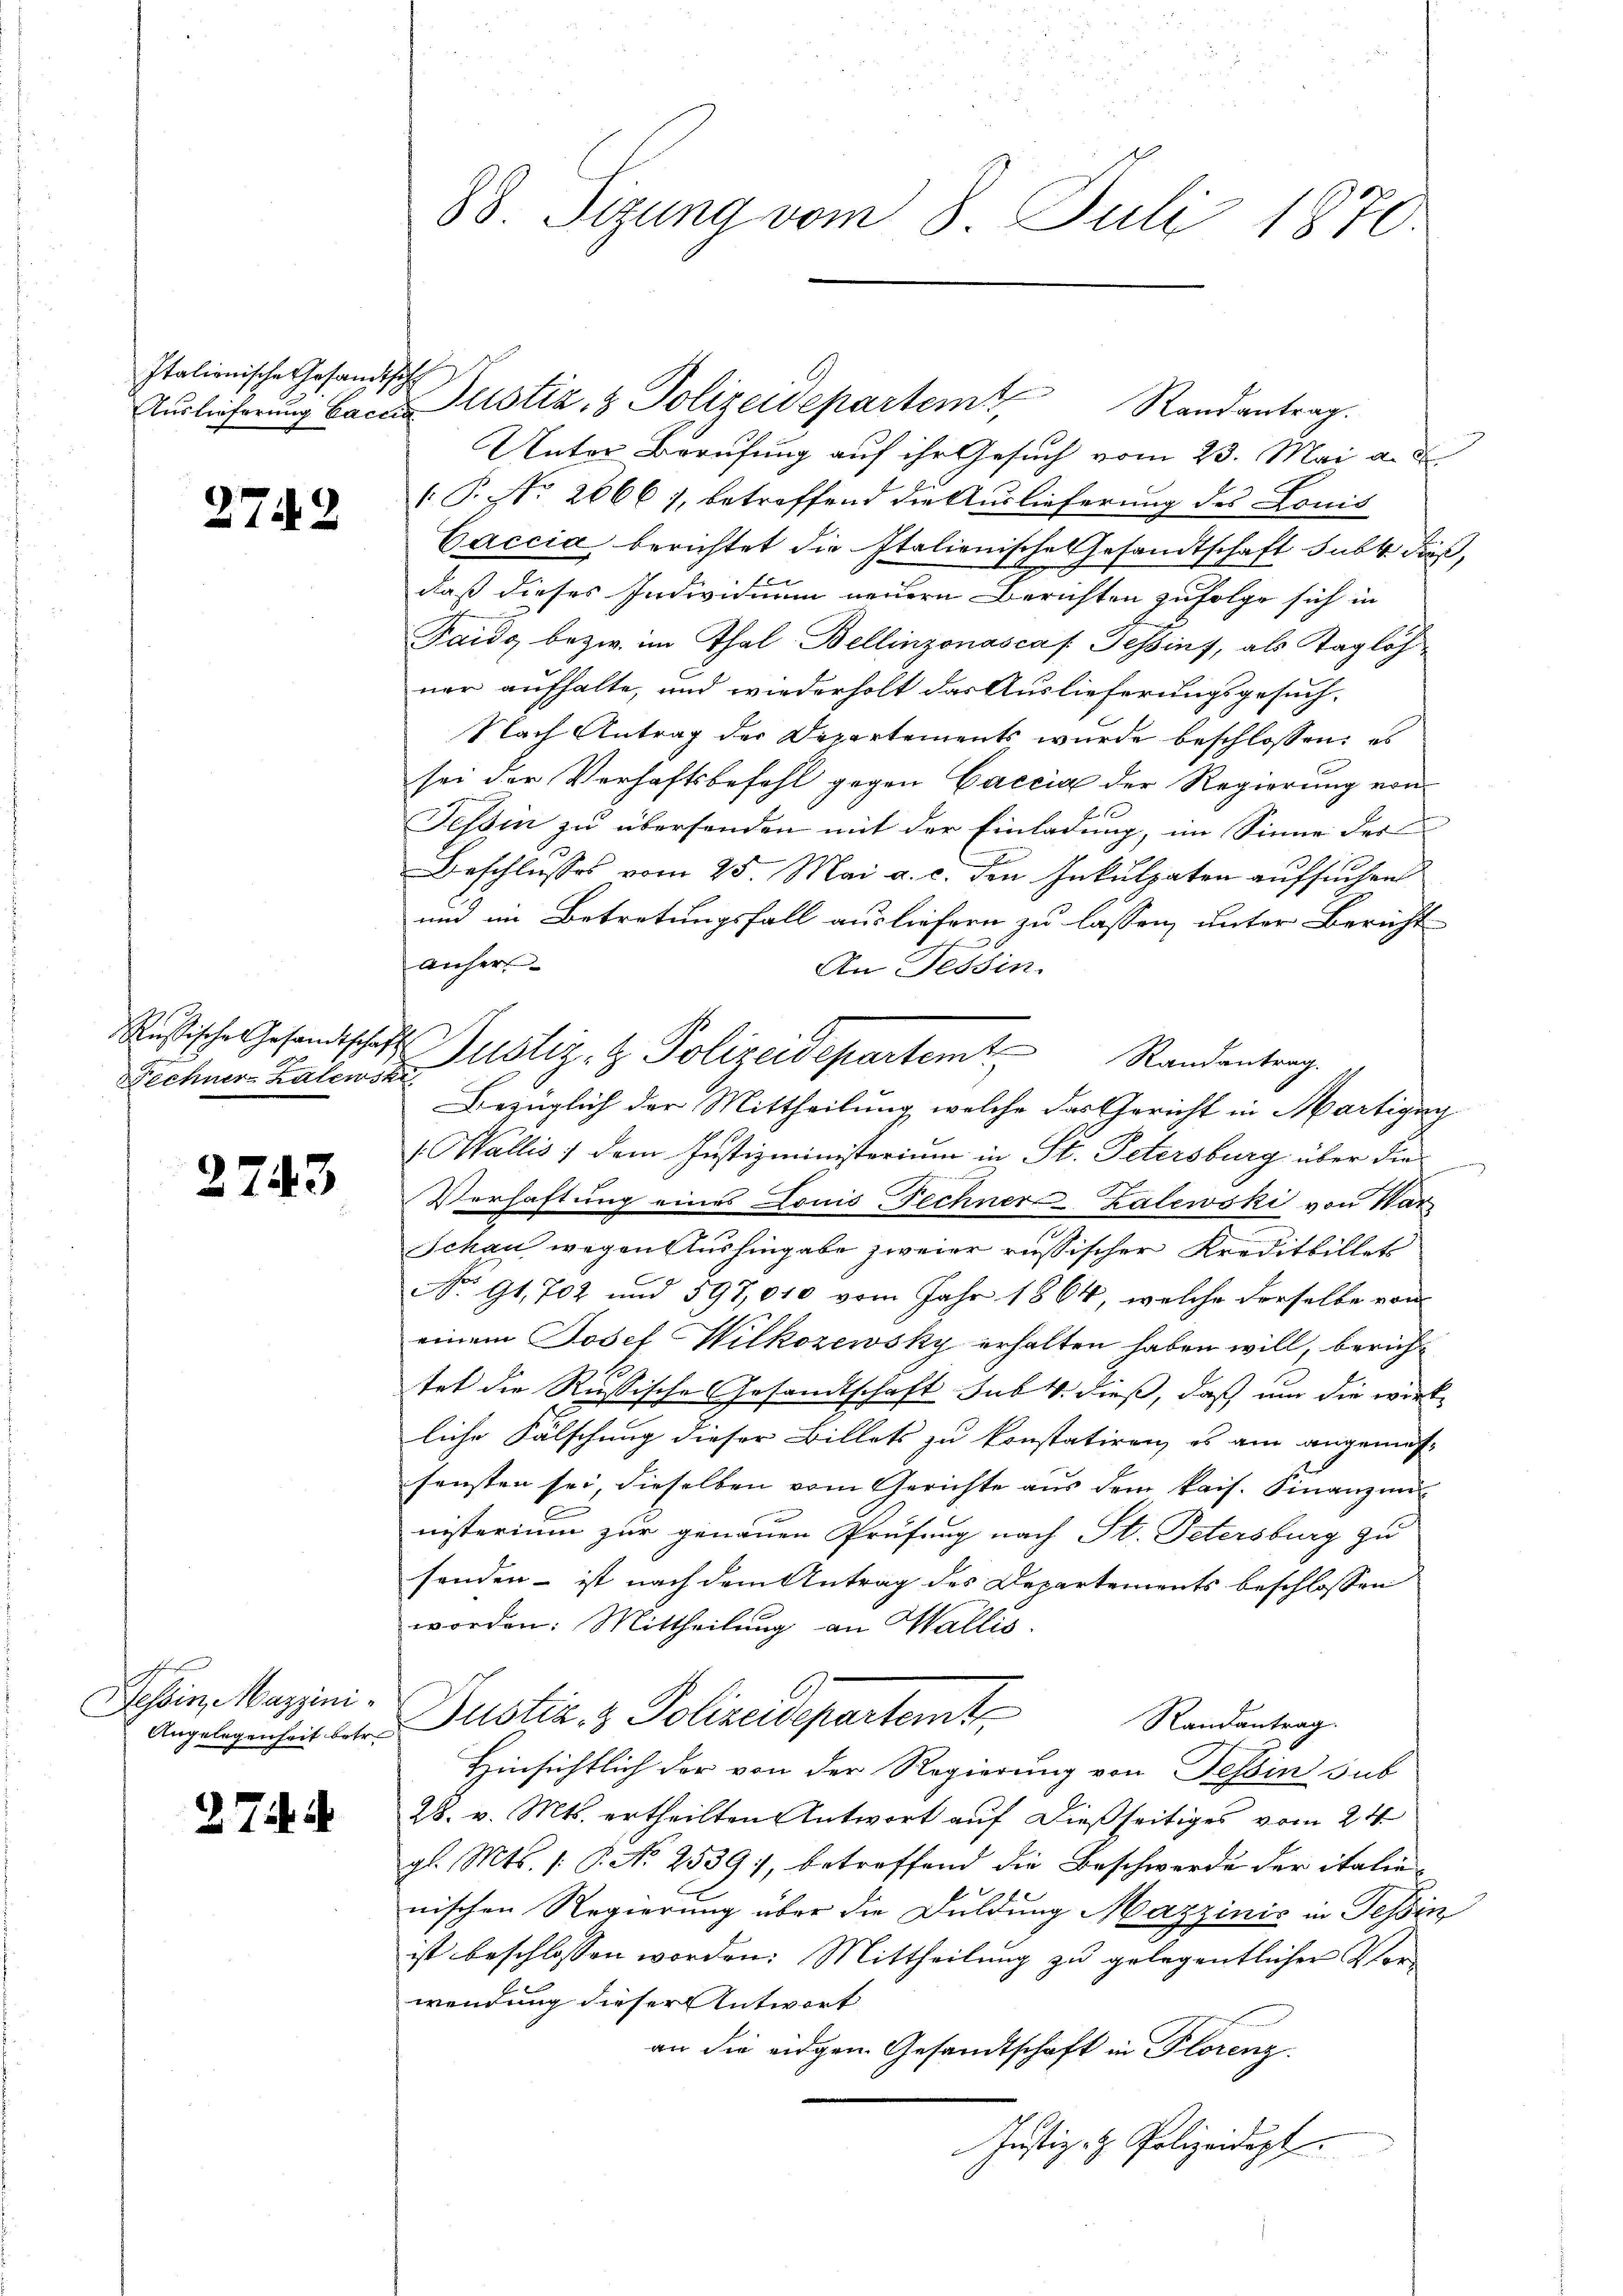
Italionische Gesandtsche

2742

Techner Kalewski

27

e
Tessin, Mazzini¬
Angelegenheit betr.

27.

43

88. Sizung vom 8. Juli 1870.

Unter Berufung auf ihr Gesuch vom 23. Mai a. d
T.NNo. 2666), betreffend die Auslieferung des Lonis
Caccia berichtet die Italienische Gesandtschaft subt dieß,
daß dieses Individium neuern Berichten zufolge sich in
Paido bezw. im Thal-Bellinzonasca /: Tessins, als Taglöhner aufhalte, und wiederholt das Auslieferungsgesuch,
Nach Antrag der Departements wurde beschlossen: es
sei der Verhaftsbefehl gegen Caccia der Regierung von
Tessin zu übersenden mit der Einladung, im Sinne des
Beschlusses vom 25. Mai a. c. den Inkulpaten aufsuchen
und im Betretungsfall ausliefern zu lassen, unter Bericht
b
anher
An Tessin.
usische Gesandtschaft Zustiz- & Polizeidepartem Randantrag
Bezüglich der Mittheilung, welche das Gericht in Martigny
/. Gallis / dem Justizministerium in St. Petersburg über die
Verhaftung eines Louis Fechner-Zalewski von War
Jchau wegen Aushingabe zweier russischer Kreditbillet
No 91, 702 und 597,010 vom Jahr 1864, welche derselbe von
einem Josef Wilkozewsky erhalten haben will, bericht
l
tet die Rußische Gesandtschaft sub 4. dieß, daß um die wirk
liche Fälschung dieser Billets zu konstatiren, es am angemes-
sonsten sei dieselben vom Gerichte aus dem kais. Finanzen
nisterium zur genauen Prüfung nach St. Petersburg zu
senden - ist nach dem Antrag des Departements beschlossen
worden. Mittheilung an Wallis.
Justiz- & Polizeidepartemte
Randantrag.
Hinsichtlich der von der Regierung von Tessin sub
28. v. Mts. ertheilten Antwort auf dießseitiges vom 24.
gl. Mts. (: P. No 2539), betreffend die Beschwerde der italienischen Regierung über die Duldung Mazzinić in Tessin
ist beschlossen worden: Mittheilung zu gelegentlicher Vorwendung dieser Antwort
an die eidgen. Gesandtschaft in Florenz.
Justiz- & Polizeidigt

Auslieferung backen Pustiz- & Polizeidepartemt, Randantrag.